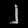
Digit: ၂